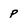
Character: p